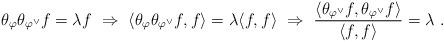
LaTeX: \begin{align*}\theta_{\varphi}\theta_{\varphi^{\vee}} f = \lambda f \ \Rightarrow \ \langle \theta_{\varphi}\theta_{\varphi^{\vee}} f , f \rangle = \lambda \langle f , f \rangle \ \Rightarrow \ \frac{ \langle \theta_{\varphi^{\vee}} f , \theta_{\varphi^{\vee}} f \rangle } { \langle f , f \rangle } = \lambda \ .\end{align*}